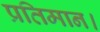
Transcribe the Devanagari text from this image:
प्रतिमान।